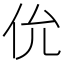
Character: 𫢎